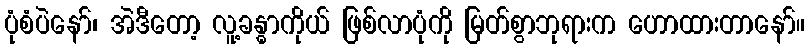
ပုံစံပဲနော်၊ အဲဒီတော့ လူ့ခန္ဓာကိုယ် ဖြစ်လာပုံကို မြတ်စွာဘုရားက ဟောထားတာနော်။